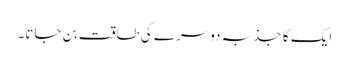
ایک کا جذبہ دوسرے کی طاقت بن جاتا۔